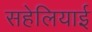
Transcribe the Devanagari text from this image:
सहेलियाई